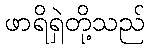
ဖာရိရှဲတို့သည်